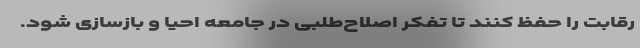
رقابت را حفظ کنند تا تفکر اصلاح‌طلبی در جامعه احیا و بازسازی شود.